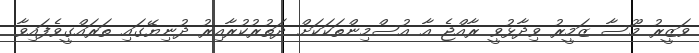
ވަޒީރު މޫސާ ޒަމީރު ވިދާޅުވީ ރާއްޖެ އާ އުސްމިންތަކަކަށް ދަތުރުކުރާއިރު ދުނިޔޭގައި ތަރައްގީވެފައިވާ